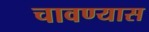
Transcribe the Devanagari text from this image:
चावण्यास